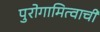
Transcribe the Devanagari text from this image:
पुरोगामित्वाची